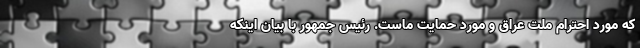
که مورد احترام ملت عراق و مورد حمایت ماست. رئیس جمهور با بیان اینکه